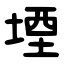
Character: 堙